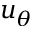
u _ { \theta }